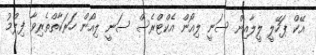
އޭކް ޕަހޭލީ ލީލާއިން ސަނީ ލިއޯން އެކްޓްރެސް ސަނީ ލިއޯން ހަރަކާތްތެރިވާ ފިލްމު